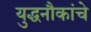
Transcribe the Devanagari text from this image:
युद्धनौकांचे